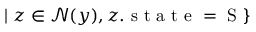
| \; z \in \mathcal { N } ( y ) , z . \mathrm { ~ s ~ t ~ a ~ t ~ e ~ = ~ S ~ } \}